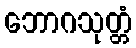
ဘောဂသုတ္တံ